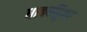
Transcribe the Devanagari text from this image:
धावपट्टिवर